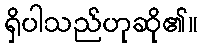
ရှိပါသည်ဟုဆို၏။